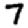
Digit: 7